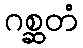
ဂစ္ဆတံ